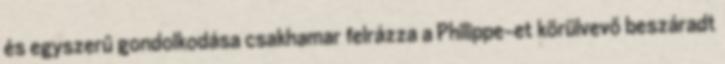
és egyszerű gondolkodása csakhamar felrázza a Philippe-et körülvevő beszáradt